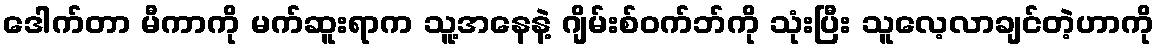
ဒေါက်တာ မီကာကို မက်ဆူးရာက သူ့အနေနဲ့ ဂျိမ်းစ်ဝက်ဘ်ကို သုံးပြီး သူလေ့လာချင်တဲ့ဟာကို